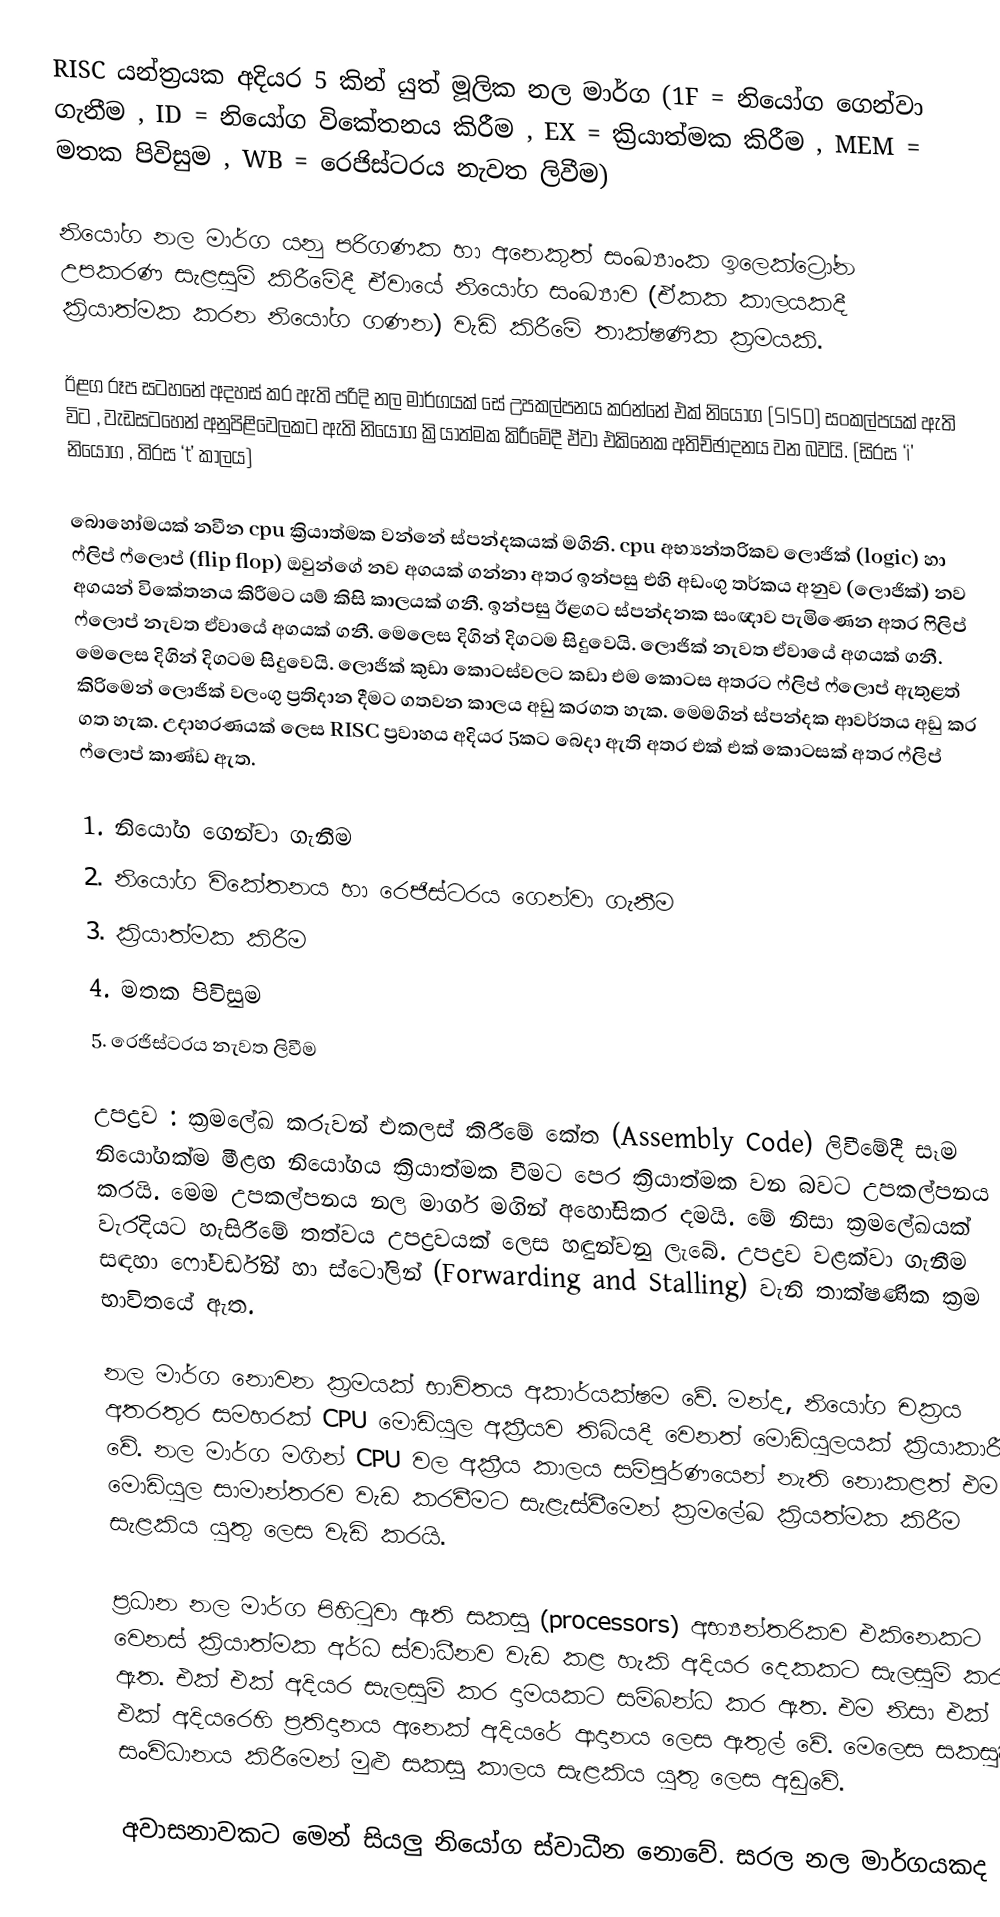
RISC යන්ත්‍රයක අදියර 5 කින් යුත් මූලික නල මාර්ග (1F = නියෝග ගෙන්වා ගැනීම , ID = නියෝග විකේතනය කිරීම , EX = ක්‍රියාත්මක කිරීම , MEM = මතක පිවිසුම , WB = රෙජිස්ටරය නැවත ලිවීම)

නියෝග නල මාර්ග යනු පරිගණක හා අනෙකුත් සංඛ්‍යාංක ඉලෙක්ට්‍රෝන උපකරණ සැළසුම් කිරීමේදී ඒවායේ නියෝග සංඛ්‍යාව (ඒකක කාලයකදී ක්‍රියාත්මක කරන නියෝග ගණන) වැඩි කිරීමේ තාක්ෂණික ක්‍රමයකි.

ඊළග රූප සටහනේ අදහස් කර ඇති පරිදි නල මාර්ගයක් සේ උපකල්පනය කරන්නේ එක් නියෝග (SISD) සංකල්පයක් ඇති විට , වැඩසටහ‍ෙන් අනුපිළිවෙලකට ඇති නියෝග ක්‍රියාත්මක කිරීමේදී ඒවා එකිනෙක අතිච්ඡාදනය වන බවයි. (සිරස ‘i' නියෝග , තිරස ‘t’ කාලය)

බොහෝමයක් නවීන cpu ක්‍රියාත්මක වන්නේ ස්පන්දකයක් මගිනි. cpu අභ්‍යන්තරිකව ලොජික් (logic) හා ෆ්ලිප් ෆ්ලොප් (flip flop) ඔවුන්ගේ නව අගයක් ගන්නා අතර ඉන්පසු එහි අඩංගු තර්කය අනුව (ලොජික්) නව අගයන්  විකේතනය කිරීමට යම් කිසි කාලයක් ගනී. ඉන්පසු ඊළගට ස්පන්දනක සංඥාව පැමිණෙන අතර ෆිලිප් ‍ෆ්ලොප් නැවත ඒවායේ අගයක් ගනී. මෙලෙස දිගින් දිගටම සිදුවෙයි. ලොජික් නැවත ඒවායේ අගයක් ගනී. මෙලෙස දිගින් දිගටම සිදුවෙයි. ලොජික් කුඩා කො‍ටස්වලට කඩා එම කොටස අතරට ෆ්ලිප් ෆ්ලොප් ඇතුළත් කිරිමෙන් ලොජික් වලංගු ප්‍රතිදාන දීමට ගතවන කාලය අඩු කරගත හැක. මෙමගින් ස්පන්දක ආවර්තය අඩු කර ගත හැක. උදාහරණයක් ලෙස RISC  ප්‍රවාහය අදියර 5කට බෙදා ඇති අතර එක් එක් කොටසක් අතර ෆ්ලිප් ෆ්ලොප් කාණ්ඩ ඇත.

 1.	නියෝග ගෙන්වා ගැනීම
 2.	නියෝග විකේතනය හා රෙජිස්ටරය ගෙන්වා ගැනීම
 3.	ක්‍රියාත්මක කිරීම
 4.	මතක පිවිසුම
 5.	රෙජිස්ටරය නැවත ලිවීම

උපද්‍රව :	  ක්‍රමලේඛ කරුවන් එකලස් කිරීමේ කේත (Assembly Code) ලිවීමේදී සෑම නියෝගක්ම මීළඟ නියෝගය ක්‍රියාත්මක වීමට පෙර ක්‍රියාත්මක වන බවට උපකල්පනය කරයි. මෙම උපකල්පනය නල මාර්ග මගින් අහෝසිකර දමයි. මේ නිසා ක්‍රමලේඛයක් වැරදියට හැසිරීමේ තත්වය උපද්‍රවයක් ලෙස හඳුන්වනු ලැබේ. උපද්‍රව වළක්වා ගැනීම සඳහා ෆෝවර්ඩින් හා ස්ටෝලින් (Forwarding and Stalling) වැනි තාක්ෂණික ක්‍රම භාවිතයේ ඇත.

නල මාර්ග නොවන ක්‍රමයක් භාවිතය අකාර්යක්ෂම වේ. මන්ද, නියෝග චක්‍රය අතරතුර සමහරක් CPU මොඩියුල අක්‍රීයව තිබියදී වෙනත් මොඩියුලයක් ක්‍රියාකාරී වේ. නල මාර්ග මගින් CPU වල අක්‍රීය කාලය සම්පූර්ණයෙන් නැති නොකළත් එම මොඩියුල සාමාන්තරව වැඩ කරවීමට සැළැස්වීමෙන් ක්‍රමලේඛ ක්‍රියත්මක කිරීම සැළකිය යුතු ලෙස වැඩි කරයි.

ප්‍රධාන නල මාර්ග පිහිටුවා ඇති සකසූ (processors) අභ්‍යන්තරිකව එකිනෙකට වෙනස් ක්‍රියාත්මක අර්ධ ස්වාධීනව වැඩ කළ හැකි අදියර දෙකකට සැලසුම් කර ඇත. එක් එක් අදියර සැලසුම් කර දාමයකට සම්බන්ධ කර ඇත. එම නිසා එක් එක් අදියරෙහි ප්‍රතිදානය අනෙක් අදියරේ ආදානය ලෙස ඇතුල් වේ. මෙලෙස සකසුව සංවිධානය කිරීමෙන් මුළු සකසූ කාලය සැළකිය යුතු ලෙස අඩුවේ.

අවාසනාවකට මෙන් සියලු නියෝග ස්වාධීන නොවේ. සරල නල මාර්ගයකද